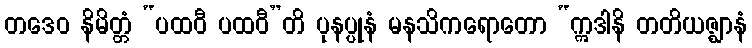
တဒေဝ နိမိတ္တံ “ပထဝီ ပထဝီ”တိ ပုနပ္ပုနံ မနသိကရောတော “ဣဒါနိ တတိယဇ္ဈာနံ